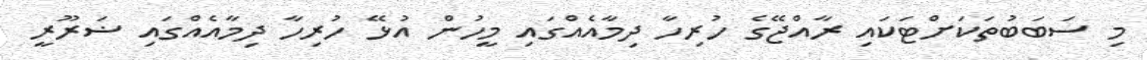
މި ސަބަބުތަކަށްޓަކައި ރާއްޖޭގެ ހުރިހާ ދިމާއެއްގައި މީހުން އުޅޭ ހުރިހާ ދިމާއެއްގައި ޟަރޫރީ